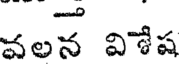
వలన విశేష